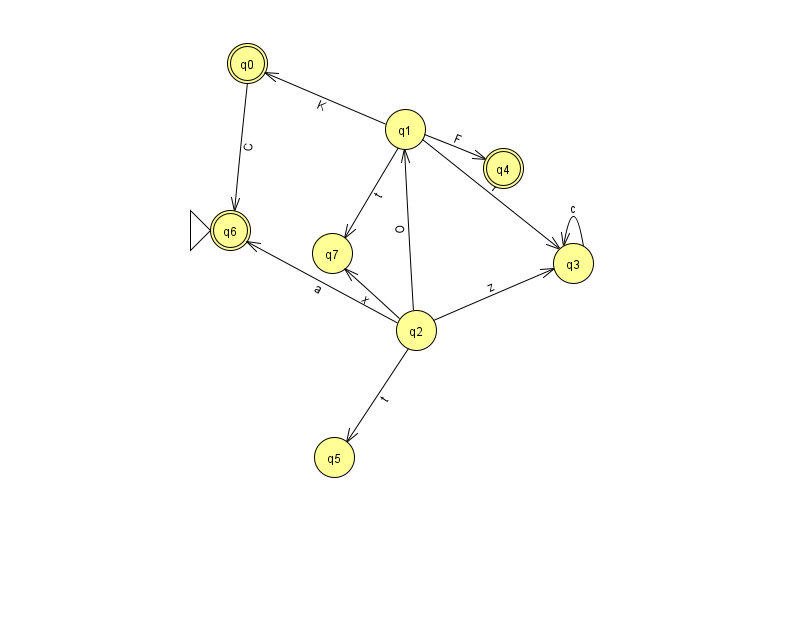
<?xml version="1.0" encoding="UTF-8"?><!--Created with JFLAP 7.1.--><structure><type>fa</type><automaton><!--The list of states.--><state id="0" name="q0"><x>247.0</x><y>50.0</y><final/></state><state id="1" name="q1"><x>405.0</x><y>116.0</y></state><state id="2" name="q2"><x>416.0</x><y>317.0</y></state><state id="3" name="q3"><x>573.0</x><y>250.0</y></state><state id="4" name="q4"><x>503.0</x><y>155.0</y><final/></state><state id="5" name="q5"><x>334.0</x><y>444.0</y></state><state id="6" name="q6"><x>230.0</x><y>217.0</y><initial/><final/></state><state id="7" name="q7"><x>332.0</x><y>240.0</y></state><!--The list of transitions.--><transition><from>3</from><to>3</to><read>c</read></transition><transition><from>2</from><to>3</to><read>z</read></transition><transition><from>2</from><to>5</to><read>t</read></transition><transition><from>1</from><to>7</to><read>t</read></transition><transition><from>1</from><to>3</to><read>r</read></transition><transition><from>0</from><to>6</to><read>C</read></transition><transition><from>1</from><to>4</to><read>F</read></transition><transition><from>2</from><to>1</to><read>O</read></transition><transition><from>2</from><to>6</to><read>a</read></transition><transition><from>1</from><to>0</to><read>K</read></transition><transition><from>2</from><to>7</to><read>x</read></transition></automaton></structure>